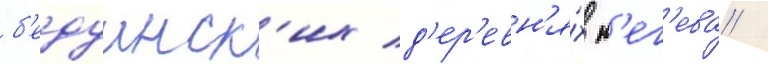
б'едуинск'их д'ер'евн'я́х н'ег'ева /